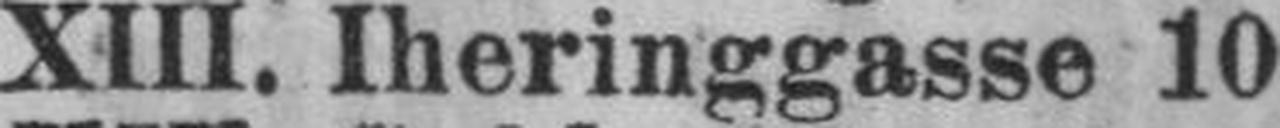
XIII. Iheringgasse 10